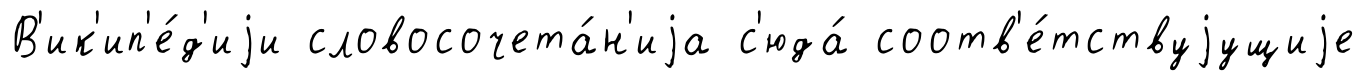
В'ик'ип'е́д'иjи словосочета́н'иjа с'юда́ соотв'е́тствуjущиjе